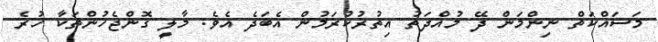
މަސައްކަތް ނިންމަން ދޭ މުއްދަތު އިތުރުކުރަމުން އެބަދެ އެވެ. މާލީ ގޮންޖެހުންތަކާ ހުރެ